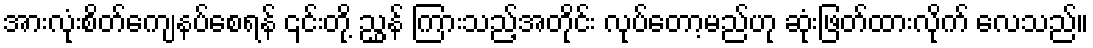
အားလုံးစိတ်ကျေနပ်စေရန် ၎င်းတို့ ညွှန် ကြားသည့်အတိုင်း လုပ်တော့မည်ဟု ဆုံးဖြတ်ထားလိုက် လေသည်။